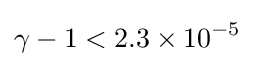
\gamma -1<2.3\times 10^{-5}